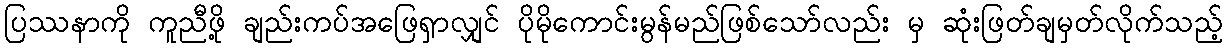
ပြဿနာကို ကူညီဖို့ ချည်းကပ်အဖြေရှာလျှင် ပိုမိုကောင်းမွန်မည်ဖြစ်သော်လည်း မှ ဆုံးဖြတ်ချမှတ်လိုက်သည့်